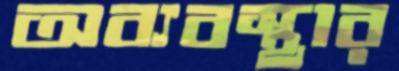
অব্যবস্থার